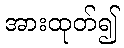
အားထုတ်၍